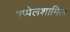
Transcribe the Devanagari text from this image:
एप्पेलशामिल